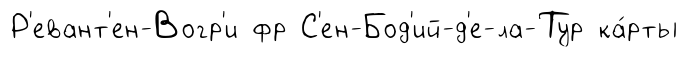
Р'евант'ен-Вогр'и фр С'ен-Бод'ий-д'е-ла-Тур ка́рты